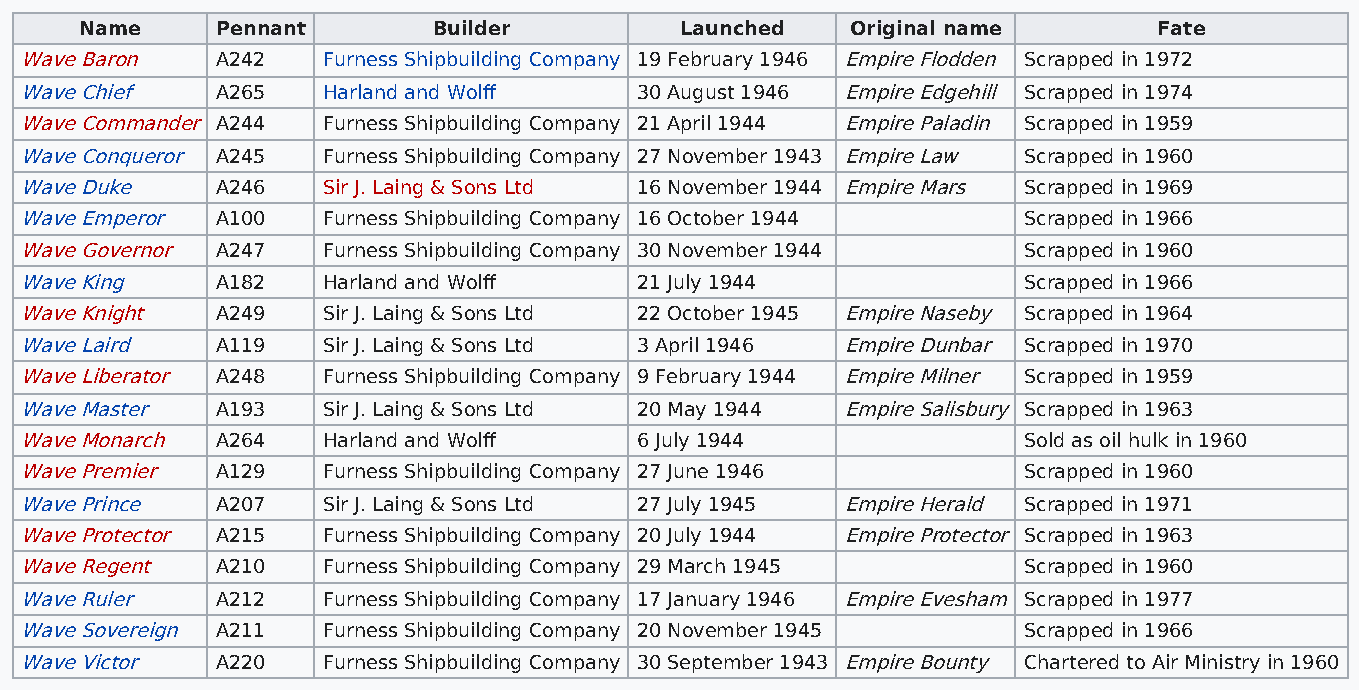
Name     Pennant        Builder         Launched   Original name        Fate
 Wave Baron   A242   Furness Shipbuilding Company 19 February 1946 Empire Flodden Scrapped in 1972
 Wave Chief   A265   Harland and Wolff    30 August 1946 Empire Edgehill Scrapped in 1974
 Wave Commander A244 Furness Shipbuilding Company 21 April 1944 Empire Paladin Scrapped in 1959
 Wave Conqueror A245 Furness Shipbuilding Company 27 November 1943 Empire Law Scrapped in 1960
 Wave Duke    A246   Sir J. Laing & Sons Ltd 16 November 1944 Empire Mars Scrapped in 1969
 Wave Emperor A100   Furness Shipbuilding Company 16 October 1944   Scrapped in 1966
 Wave Governor A247  Furness Shipbuilding Company 30 November 1944  Scrapped in 1960
 Wave King    A182   Harland and Wolff    21 July 1944              Scrapped in 1966
 Wave Knight  A249   Sir J. Laing & Sons Ltd 22 October 1945 Empire Naseby Scrapped in 1964
 Wave Laird   A119   Sir J. Laing & Sons Ltd 3 April 1946 Empire Dunbar Scrapped in 1970
 Wave Liberator A248 Furness Shipbuilding Company 9 February 1944 Empire Milner Scrapped in 1959
 Wave Master  A193   Sir J. Laing & Sons Ltd 20 May 1944 Empire Salisbury Scrapped in 1963
 Wave Monarch A264   Harland and Wolff    6 July 1944               Sold as oil hulk in 1960
 Wave Premier A129   Furness Shipbuilding Company 27 June 1946      Scrapped in 1960
 Wave Prince  A207   Sir J. Laing & Sons Ltd 27 July 1945 Empire Herald Scrapped in 1971
 Wave Protector A215 Furness Shipbuilding Company 20 July 1944 Empire Protector Scrapped in 1963
 Wave Regent  A210   Furness Shipbuilding Company 29 March 1945     Scrapped in 1960
 Wave Ruler   A212   Furness Shipbuilding Company 17 January 1946 Empire Evesham Scrapped in 1977
 Wave Sovereign A211 Furness Shipbuilding Company 20 November 1945  Scrapped in 1966
 Wave Victor  A220   Furness Shipbuilding Company 30 September 1943 Empire Bounty Chartered to Air Ministry in 1960